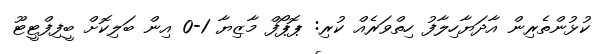
ކުޅުންތެރިން އާދަޔާހިލާފު ހިތްވަރެއް ކުރި: ޕޮޕޯފް މާޒިޔާ 1-0 އިން ބަލިކޮށް ބީފިފްޓީޓޫ